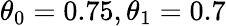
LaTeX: \theta_{0}=0.75,\theta_{1}=0.7